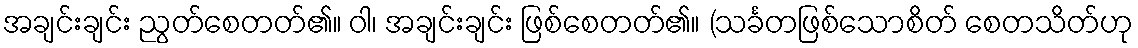
အချင်းချင်း ညွတ်စေတတ်၏။ ဝါ၊ အချင်းချင်း ဖြစ်စေတတ်၏။ (သင်္ခတဖြစ်သောစိတ် စေတသိတ်ဟု